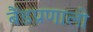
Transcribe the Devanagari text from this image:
बैंडप्रणाली